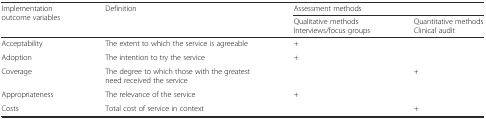
<table><thead><tr><td rowspan="2"><b>Implementation outcome variables</b></td><td rowspan="2"><b>Definition</b></td><td colspan="2"><b>Assessment methods</b></td></tr><tr><td><b>Qualitative methods Interviews/focus groups</b></td><td><b>Quantitative methods Clinical audit</b></td></tr></thead><tbody><tr><td>Acceptability</td><td>The extent to which the service is agreeable</td><td>+</td><td></td></tr><tr><td>Adoption</td><td>The intention to try the service</td><td>+</td><td></td></tr><tr><td>Coverage</td><td>The degree to which those with the greatest need received the service</td><td></td><td>+</td></tr><tr><td>Appropriateness</td><td>The relevance of the service</td><td>+</td><td></td></tr><tr><td>Costs</td><td>Total cost of service in context</td><td></td><td>+</td></tr></tbody></table>